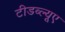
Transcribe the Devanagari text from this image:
टीडब्ल्यूए